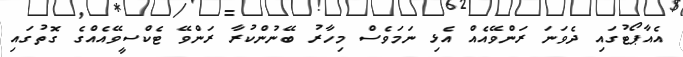
އެއާޕޯޓުގައި ދެވަނަ ރަންވޭއެއް އެޅި ނަމަވެސް މިހާރު ބޭނުންކުރާ ރަންވޭ ޓެކްސީވޭއެއްގެ ގޮތުގައި